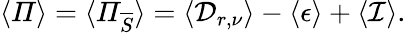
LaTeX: \langle\mathit{\Pi}\rangle=\langle\mathit{\Pi}_{\overline{{S}}}\rangle=\langle\mathcal{D}_{r,\nu}\rangle-\langle\mathcal{\epsilon}\rangle+\langle\mathcal{I}\rangle.